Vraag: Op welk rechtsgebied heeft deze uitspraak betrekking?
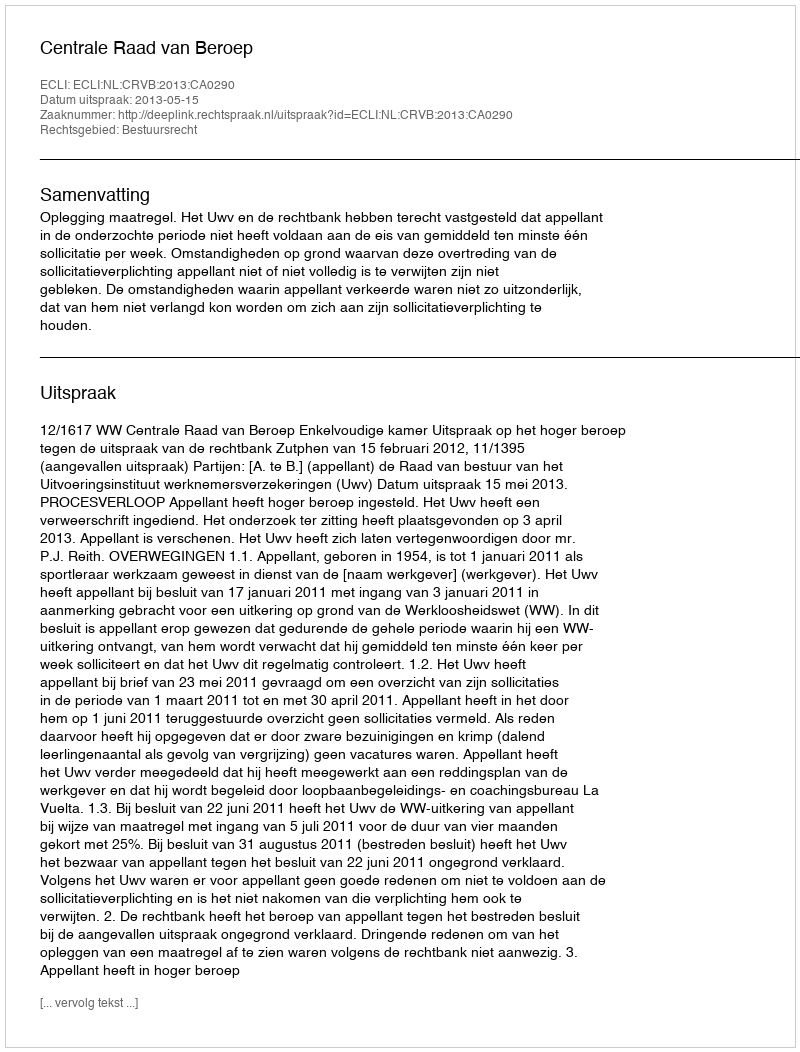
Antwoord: Bestuursrecht